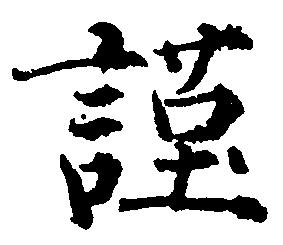
謹